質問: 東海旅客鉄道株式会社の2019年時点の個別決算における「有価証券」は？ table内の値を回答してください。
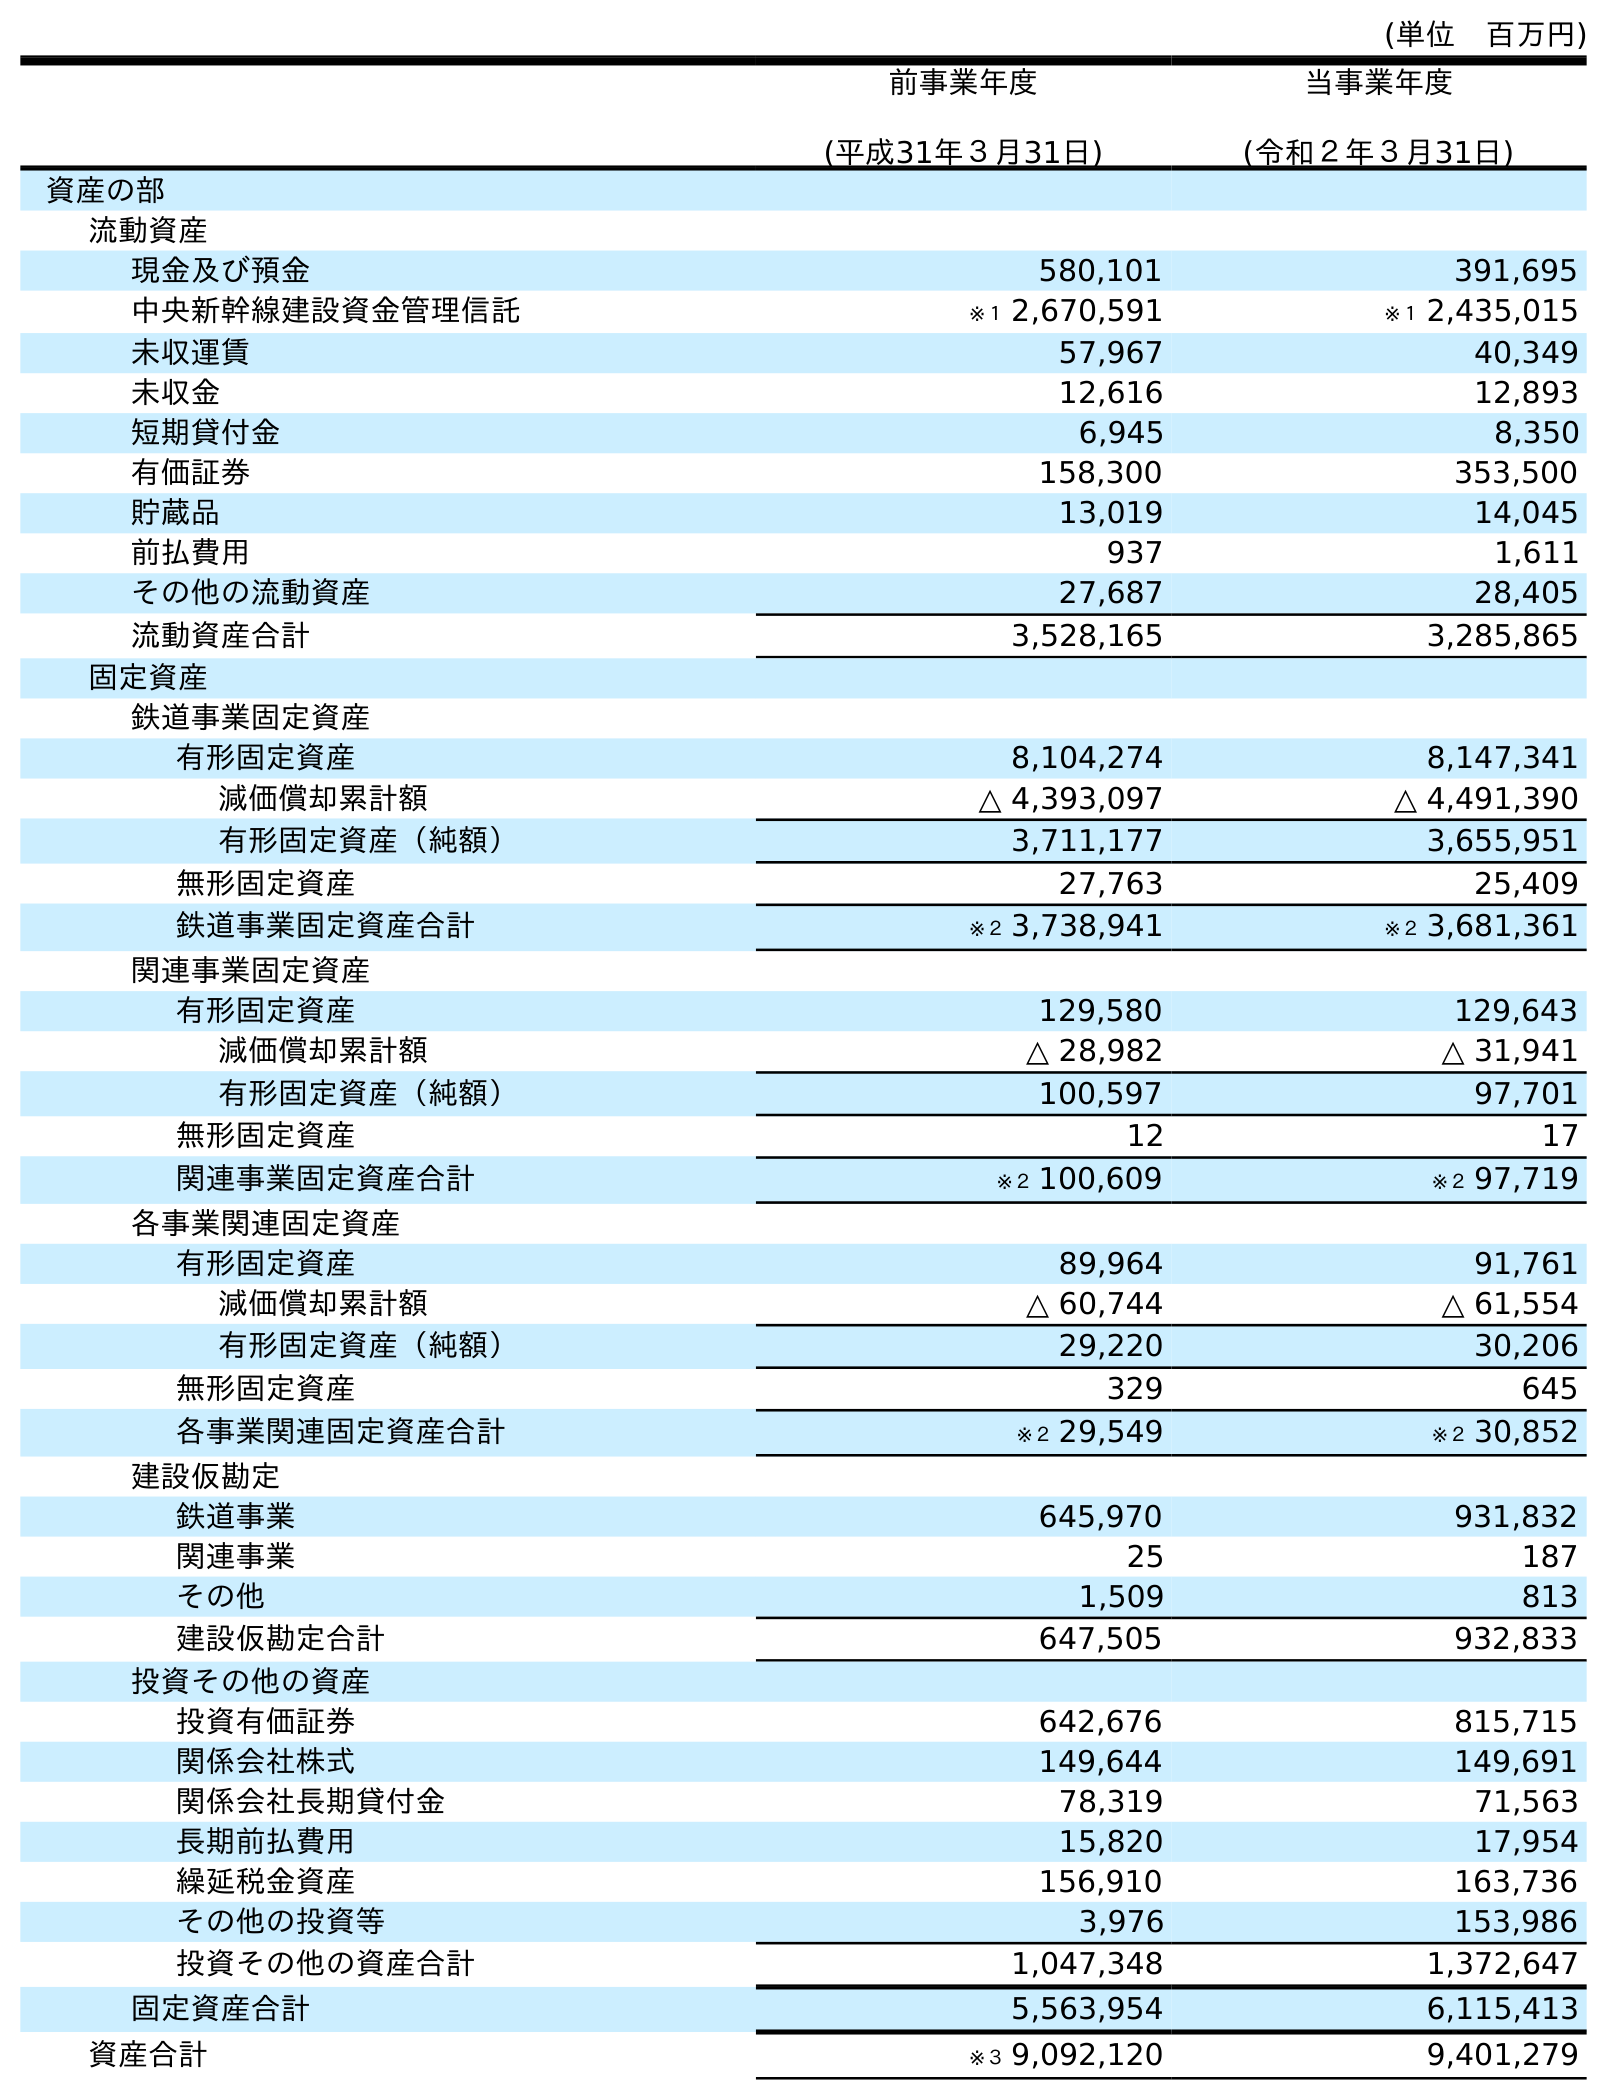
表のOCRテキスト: (単位 百万円) 前事業年度 (平成31年３月31日) 当事業年度 (令和２年３月31日) 資産の部 流動資産 現金及び預金 580,101 391,695 中央新幹線建設資金管理信託 ※１ 2,670,591 ※１ 2,435,015 未収運賃 57,967 40,349 未収金 12,616 12,893 短期貸付金 6,945 8,350 有価証券 158,300 353,500 貯蔵品 13,019 14,045 前払費用 937 1,611 その他の流動資産 27,687 28,405 流動資産合計 3,528,165 3,285,865 固定資産 鉄道事業固定資産 有形固定資産 8,104,274 8,147,341 減価償却累計額 △ 4,393,097 △ 4,491,390 有形固定資産（純額） 3,711,177 3,655,951 無形固定資産 27,763 25,409 鉄道事業固定資産合計 ※２ 3,738,941 ※２ 3,681,361 関連事業固定資産 有形固定資産 129,580 129,643 減価償却累計額 △ 28,982 △ 31,941 有形固定資産（純額） 100,597 97,701 無形固定資産 12 17 関連事業固定資産合計 ※２ 100,609 ※２ 97,719 各事業関連固定資産 有形固定資産 89,964 91,761 減価償却累計額 △ 60,744 △ 61,554 有形固定資産（純額） 29,220 30,206 無形固定資産 329 645 各事業関連固定資産合計 ※２ 29,549 ※２ 30,852 建設仮勘定 鉄道事業 645,970 931,832 関連事業 25 187 その他 1,509 813 建設仮勘定合計 647,505 932,833 投資その他の資産 投資有価証券 642,676 815,715 関係会社株式 149,644 149,691 関係会社長期貸付金 78,319 71,563 長期前払費用 15,820 17,954 繰延税金資産 156,910 163,736 その他の投資等 3,976 153,986 投資その他の資産合計 1,047,348 1,372,647 固定資産合計 5,563,954 6,115,413 資産合計 ※３ 9,092,120 9,401,279
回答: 158,300